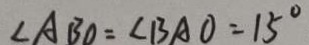
\angle A B O = \angle B A O = 1 5 ^ { \circ }